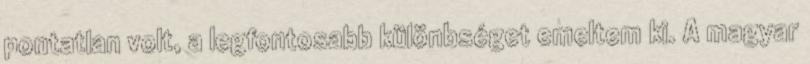
pontatlan volt, a legfontosabb különbséget emeltem ki. A magyar